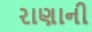
રાણાની